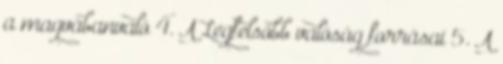
a magvábanvaló 4. A Legfelsőbb valóság forrásai 5. A